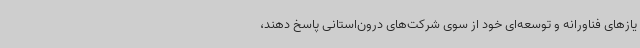
یازهای فناورانه و توسعه‌ای خود از سوی شرکت‌های درون‌استانی پاسخ دهند،